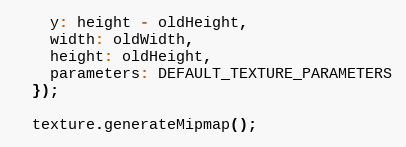
Language: JavaScript
    y: height - oldHeight,
    width: oldWidth,
    height: oldHeight,
    parameters: DEFAULT_TEXTURE_PARAMETERS
  });

  texture.generateMipmap();